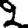
Digit: 2